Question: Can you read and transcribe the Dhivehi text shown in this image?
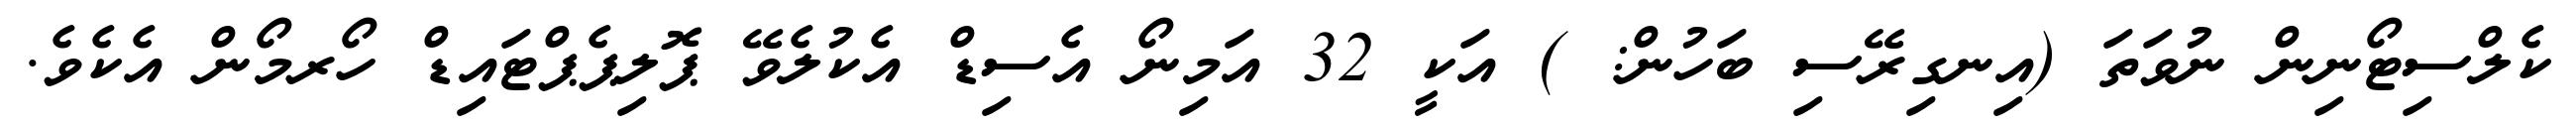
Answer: ކެލްސިޓޯނިން ނުވަތަ (އިނގިރޭސި ބަހުން: ) އަކީ 32 އަމިނޯ އެސިޑް އެކުލެވޭ ޕޮލިޕެޕްޓައިޑް ހޯރމޯން އެކެވެ.